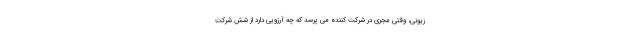
زیونی، وقتی مجری در شرکت کننده می پرسد که چه آرزویی دارد از شش شرکت